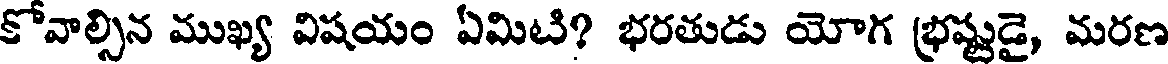
కోవాల్సిన ముఖ్య విషయం ఏమిటి? భరతుడు యోగ భ్రష్టుడై, మరణ